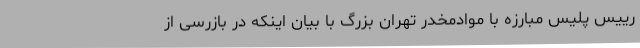
رییس پلیس مبارزه با موادمخدر تهران بزرگ با بیان اینکه در بازرسی از